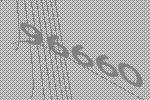
96660